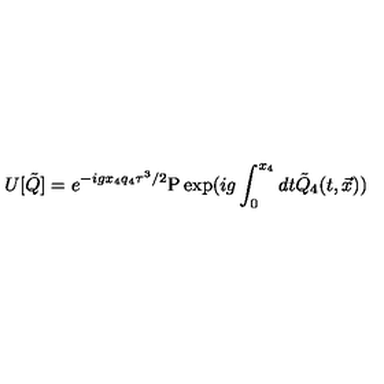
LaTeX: U [ { \tilde { Q } } ] = e ^ { - i g x _ { 4 } q _ { 4 } \tau ^ { 3 } / 2 } \mathrm { P } \exp ( i g \int _ { 0 } ^ { x _ { 4 } } d t { \tilde { Q } } _ { 4 } ( t , { \vec { x } } ) )